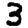
Digit: 3